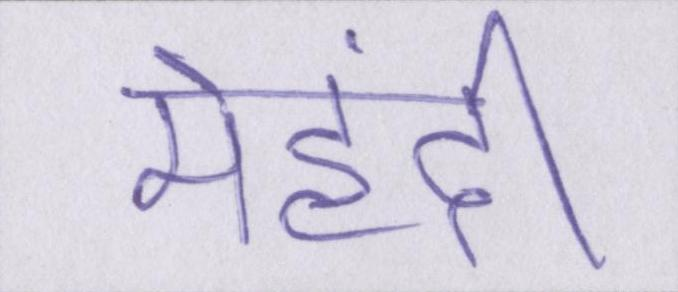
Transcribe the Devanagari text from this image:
मेहंदी